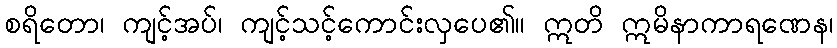
စရိတော၊ ကျင့်အပ်၊ ကျင့်သင့်ကောင်းလှပေ၏။ ဣတိ ဣမိနာကာရဏေန၊